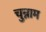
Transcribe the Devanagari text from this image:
चुन्नाम